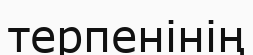
терпенінің